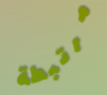
مرتبطة